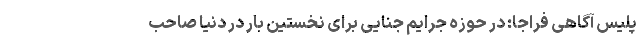
پلیس آگاهی فراجا: در حوزه جرایم جنایی برای نخستین بار در دنیا صاحب